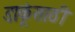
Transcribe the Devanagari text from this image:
डाकूंसाठी